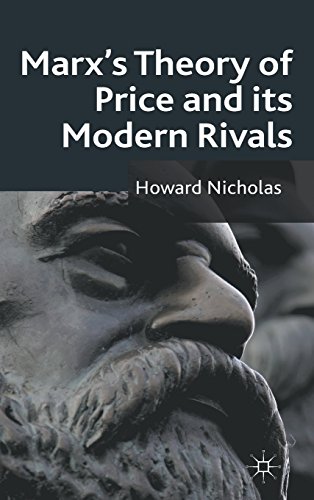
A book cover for Marx's Theory of Price and its Modern Rivals; Howard Nicholas; Business & Money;